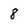
Character: 8